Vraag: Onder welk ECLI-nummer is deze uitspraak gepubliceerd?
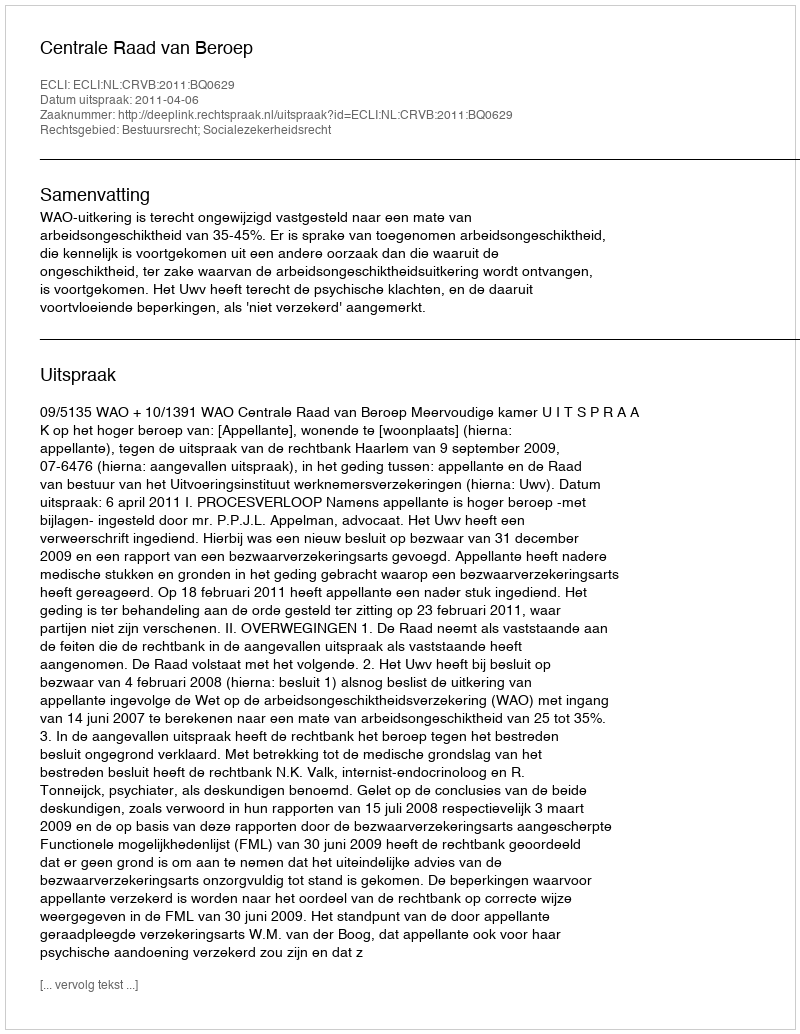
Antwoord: ECLI:NL:CRVB:2011:BQ0629